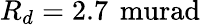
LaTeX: R_{d}=2.7\, \mathrm{\ murad}